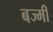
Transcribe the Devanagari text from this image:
बज्मी